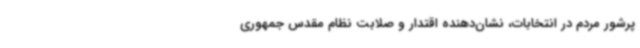
پرشور مردم در انتخابات، نشان‌دهنده اقتدار و صلابت نظام مقدس جمهوری